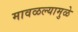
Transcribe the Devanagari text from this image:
मावळल्यामुळे